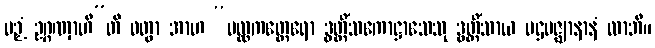
ပဉှံ ဥဂ္ဂဏှာဟီ”တိ ဝတွာ အာဟ “မလ္လကတ္ထေရော ဒွတ္တိံသကောဋ္ဌာသေသု ဒွတ္တိံသာယ ပဌမဇ္ဈာနာနံ လာဘီ။